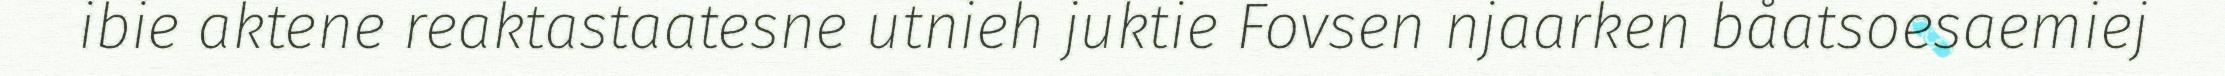
ibie aktene reaktastaatesne utnieh juktie Fovsen njaarken båatsoesaemiej